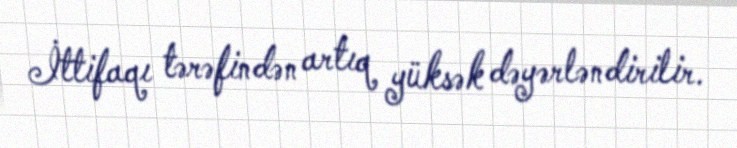
İttifaqı tərəfindən artıq yüksək dəyərləndirilir.